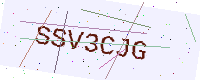
Text: SSV3CJG